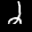
Label: 2